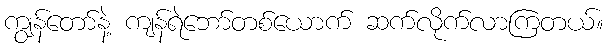
ကျွန်တော်နဲ့ ကျန်ရဲဘော်တစ်ယောက် ဆက်လိုက်လာကြတယ်။